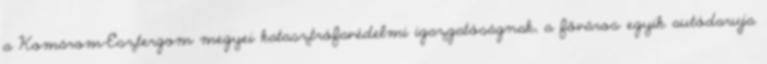
a Komárom-Esztergom megyei katasztrófavédelmi igazgatóságnak, a főváros egyik autódaruja